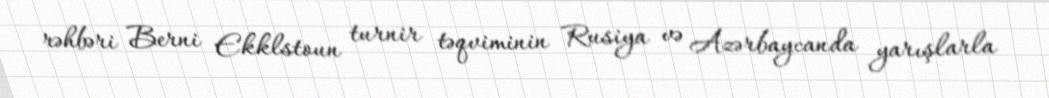
rəhbəri Berni Ekklstoun turnir təqviminin Rusiya və Azərbaycanda yarışlarla